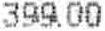
399.00